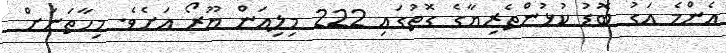
އެންމެ އަގު ބޮޑު ކުޅުންތެރިޔާގެ ގޮތުގައި 222 މިލިއަން ޔޫރޯ އަށެވެ. މިހާތަނަށް